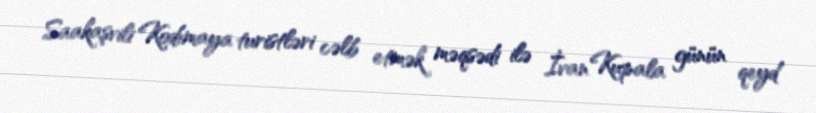
Saakaşvili Kodımaya turistləri cəlb etmək məqsədi ilə İvan Kupala günün qeyd